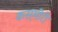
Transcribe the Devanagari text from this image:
कस़मीरी